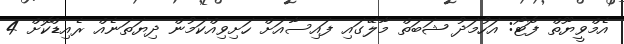
އެމްވީޔޫތް ފޮޓޯ: އަހުމަދު ޝަބަތް މާލޭގައި ފައިސާއަށް ހަށިވިއްކަމުން ދިޔަތަނެއް ރެއިޑްކޮށް 4